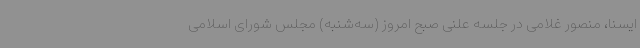
ایسنا، منصور غلامی در جلسه علنی صبح امروز (سه‌شنبه) مجلس شورای اسلامی